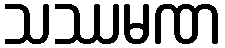
သဿမဏ